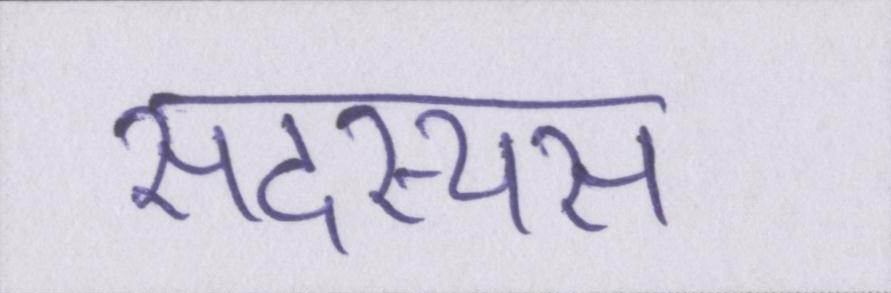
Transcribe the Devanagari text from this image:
सदस्यस